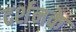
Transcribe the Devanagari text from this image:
दर्शनके